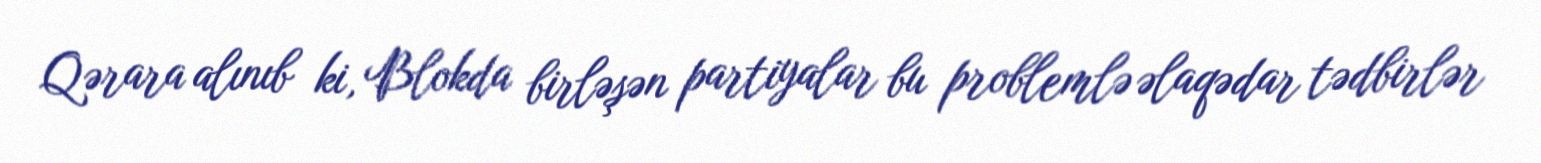
Qərara alınıb ki, Blokda birləşən partiyalar bu problemlə əlaqədar tədbirlər